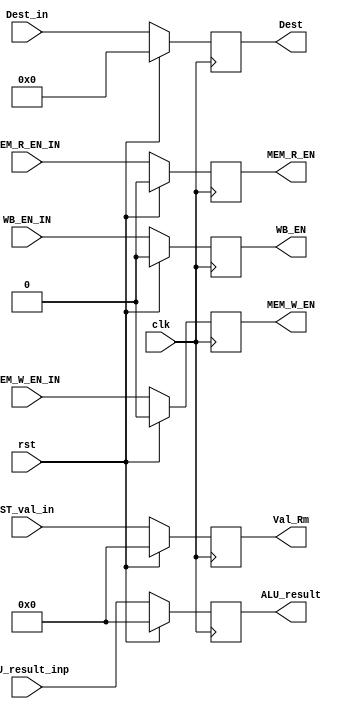
module EXE_Stage_Reg (
    input clk,
    rst,
    WB_EN_IN,
    MEM_R_EN_IN,
    MEM_W_EN_IN,
    input [31:0] ALU_result_inp,
    ST_val_in,
    input [3:0] Dest_in,
    output reg WB_EN,
    MEM_R_EN,
    MEM_W_EN,
    output reg [31:0] ALU_result,
    Val_Rm,
    output reg [3:0] Dest
);

  always @(posedge clk) begin
    if (rst) {WB_EN, MEM_R_EN, MEM_W_EN, ALU_result, Val_Rm, Dest} <= 71'b0;
    else begin
      WB_EN <= WB_EN_IN;
      MEM_R_EN <= MEM_R_EN_IN;
      MEM_W_EN <= MEM_W_EN_IN;
      ALU_result <= ALU_result_inp;
      Val_Rm <= ST_val_in;
      Dest <= Dest_in;
    end
  end
endmodule